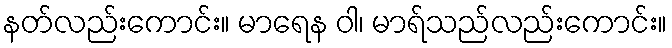
နတ်လည်းကောင်း။ မာရေန ဝါ၊ မာရ်သည်လည်းကောင်း။